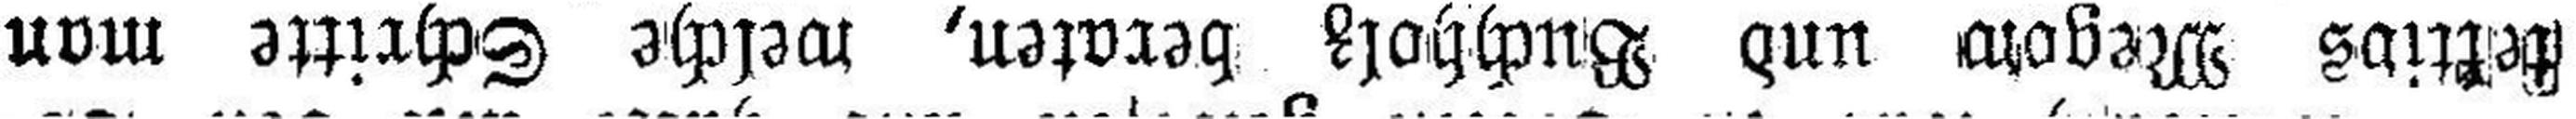
tektivs Megow und Buchholz beraten, welche Schritte man